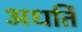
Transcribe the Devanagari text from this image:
अधर्ति